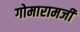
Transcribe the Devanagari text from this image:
गोमारामजी